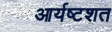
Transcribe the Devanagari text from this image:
आर्यष्टशत